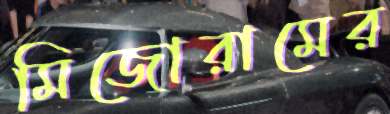
মিজোরামের